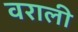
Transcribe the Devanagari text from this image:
वराली